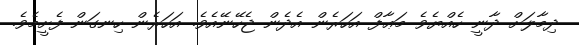
ދިމާލަށް ދާނީ ހެއްޔެވެ މަޢާފް އަހަރެން އެދެން ޖެހޭނޭއެވެ. އަހަރެން ހިނގަން ފެށީމެވެ.